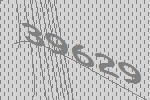
39629